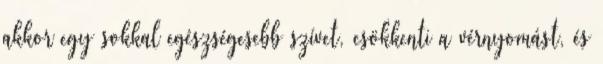
akkor egy sokkal egészségesebb szívet, csökkenti a vérnyomást, és